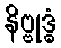
နိဗ္ဗုဒ္ဓံ